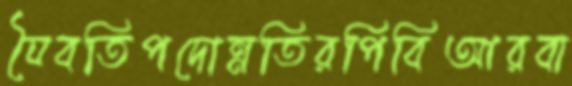
যৈবতিপদোন্নতিরপিবিআরবা